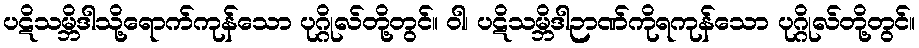
ပဋိသမ္ဘိဒါသို့ရောက်ကုန်သော ပုဂ္ဂိုလ်တို့တွင်။ ဝါ၊ ပဋိသမ္ဘိဒါဉာဏ်ကိုရကုန်သော ပုဂ္ဂိုလ်တို့တွင်။